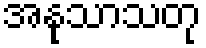
အနုသာသတု